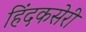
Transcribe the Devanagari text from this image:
हिंदकसेरी